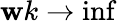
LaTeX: \mathbf{w}k\rightarrow\operatorname*{inf}